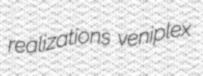
realizations veniplex